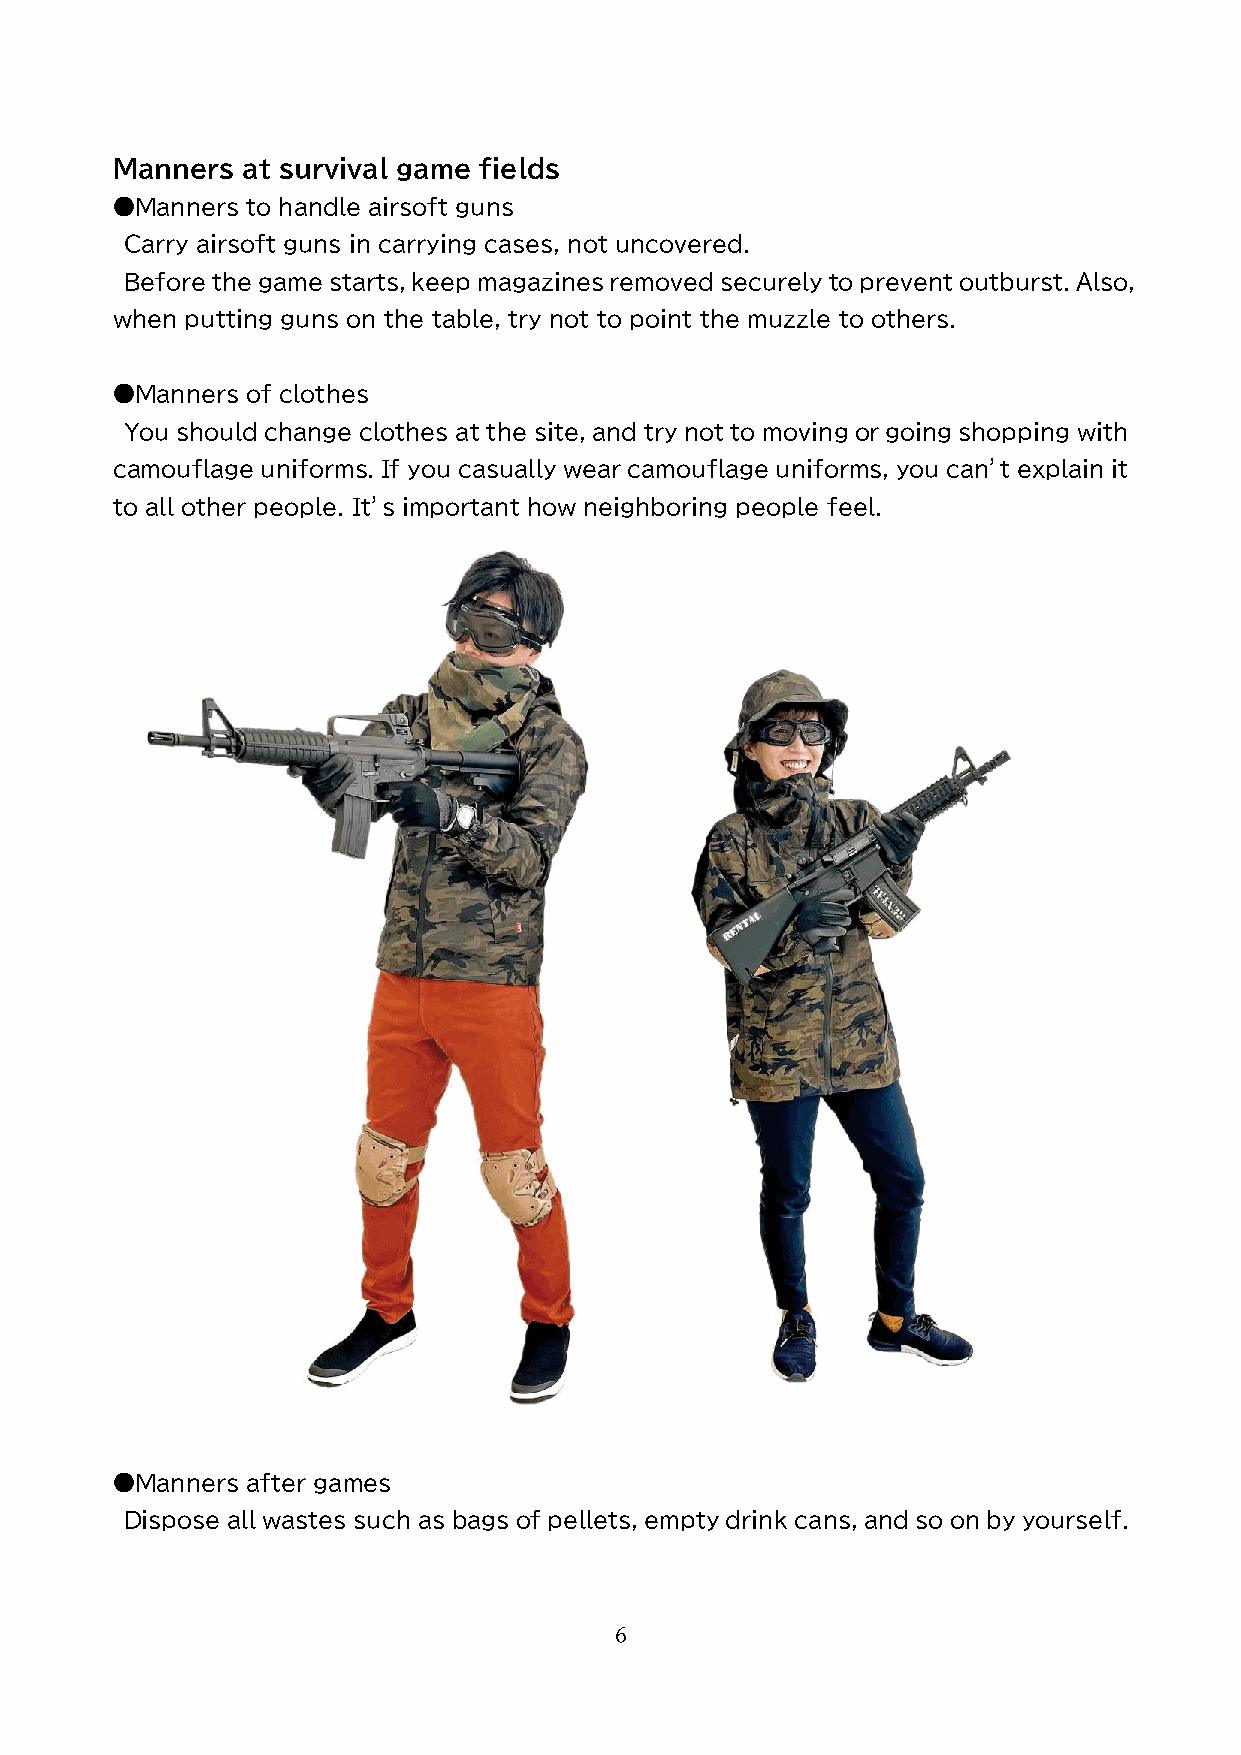
Manners  at survival game fields
 ●Manners to handle airsoft guns
 Carry airsoft guns in carrying cases, not uncovered.
 Before the game starts, keep magazines removed securely to prevent outburst. Also,
 when putting guns on the table, try not to point the muzzle to others.
 ●Manners of clothes
 You should change clothes at the site, and try not to moving or going shopping with
 camouflage uniforms. If you casually wear camouflage uniforms, you can’t explain it
 to all other people. It’s important how neighboring people feel.
 ●Manners after games
 Dispose all wastes such as bags of pellets, empty drink cans, and so on by yourself.
 6